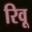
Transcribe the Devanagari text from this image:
रिवू